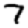
Digit: 7